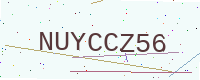
Text: NUYCCZ56